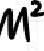
$M^{2}$